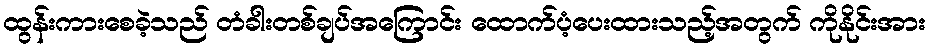
ထွန်းကားစေခဲ့သည် တံခါးတစ်ချပ်အကြောင်း ထောက်ပံ့ပေးထားသည့်အတွက် ကိုနိုင်းအား